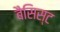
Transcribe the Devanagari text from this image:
बैसिस्ट